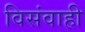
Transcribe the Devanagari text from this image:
विसंवाही